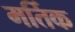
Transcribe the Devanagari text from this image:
मर्तिक